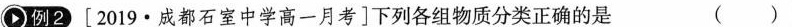
(例2)[2019·成都石室中学高一月考]下列各组物质分类正确的是 ()